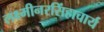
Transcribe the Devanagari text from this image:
लक्ष्मीनरसिंहाचार्य